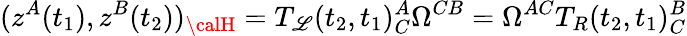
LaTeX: (z^{A}(t_{1}),z^{B}(t_{2}))_{\calH}=T_{\mathscr{L}}(t_{2},t_{1})_{C}^{A}\Omega^{CB}=\Omega^{AC}T_{R}(t_{2},t_{1})_{C}^{B}